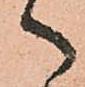
へ